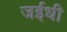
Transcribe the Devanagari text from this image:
जईधी